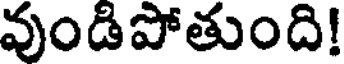
వుండిపోతుంది!